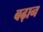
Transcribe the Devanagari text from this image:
बढ़ान